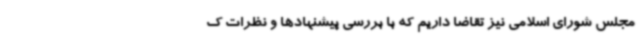
مجلس شورای اسلامی نیز تقاضا داریم که با بررسی پیشنهادها و نظرات ک